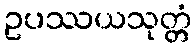
ဥပဿယသုတ္တံ